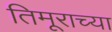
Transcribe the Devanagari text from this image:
तिमूराच्या